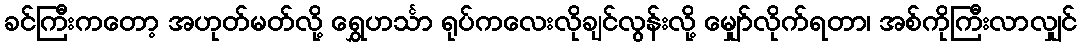
ခင်ကြီးကတော့ အဟုတ်မတ်လို့ ရွှေဟင်္သာ ရုပ်ကလေးလိုချင်လွန်းလို့ မျှော်လိုက်ရတာ၊ အစ်ကိုကြီးလာလျှင်